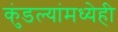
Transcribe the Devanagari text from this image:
कुंडल्यांमध्येही